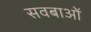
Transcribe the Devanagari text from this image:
सवबाओं